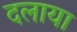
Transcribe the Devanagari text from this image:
दलाया